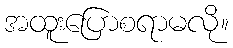
အထူးပြောစရာမလို။